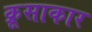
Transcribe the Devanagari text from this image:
क्रूसाकार